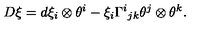
D \xi = d \xi _ { i } \otimes \theta ^ { i } - \xi _ { i } \Gamma ^ { i } { } _ { j k } \theta ^ { j } \otimes \theta ^ { k } .